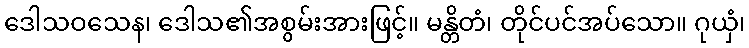
ဒေါသဝသေန၊ ဒေါသ၏အစွမ်းအားဖြင့်။ မန္တိတံ၊ တိုင်ပင်အပ်သော။ ဂုယှံ၊